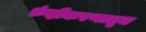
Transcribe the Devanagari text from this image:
रुंदीकरणातून